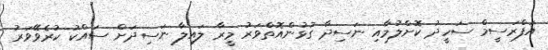
އަފްރަސީމް ސަހީދު ކޮށްލުމާއި ނަސިދާ ގުޅުންއޮތްވަރު މީރާ ލައިލާ ނަސިދަށް ސައްކު ކުރެވޭވަރު